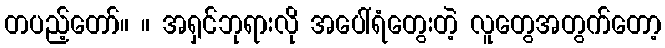
တပည့်တော်။ ။ အရှင်ဘုရားလို အပေါ်ရံတွေးတဲ့ လူတွေအတွက်တော့